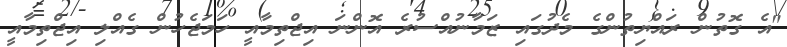
"އެ ގޮތުން ރައްޔިތުންގެ މެދުގައި ޒަމާނުއްސުރެ އޮންނަ އިޖްތިމާއީ ހަމަޖެހުން ގެއްލި އިޖްތިމާއީ